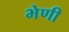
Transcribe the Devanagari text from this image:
भेणी